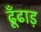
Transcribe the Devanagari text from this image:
ढूँढाड़